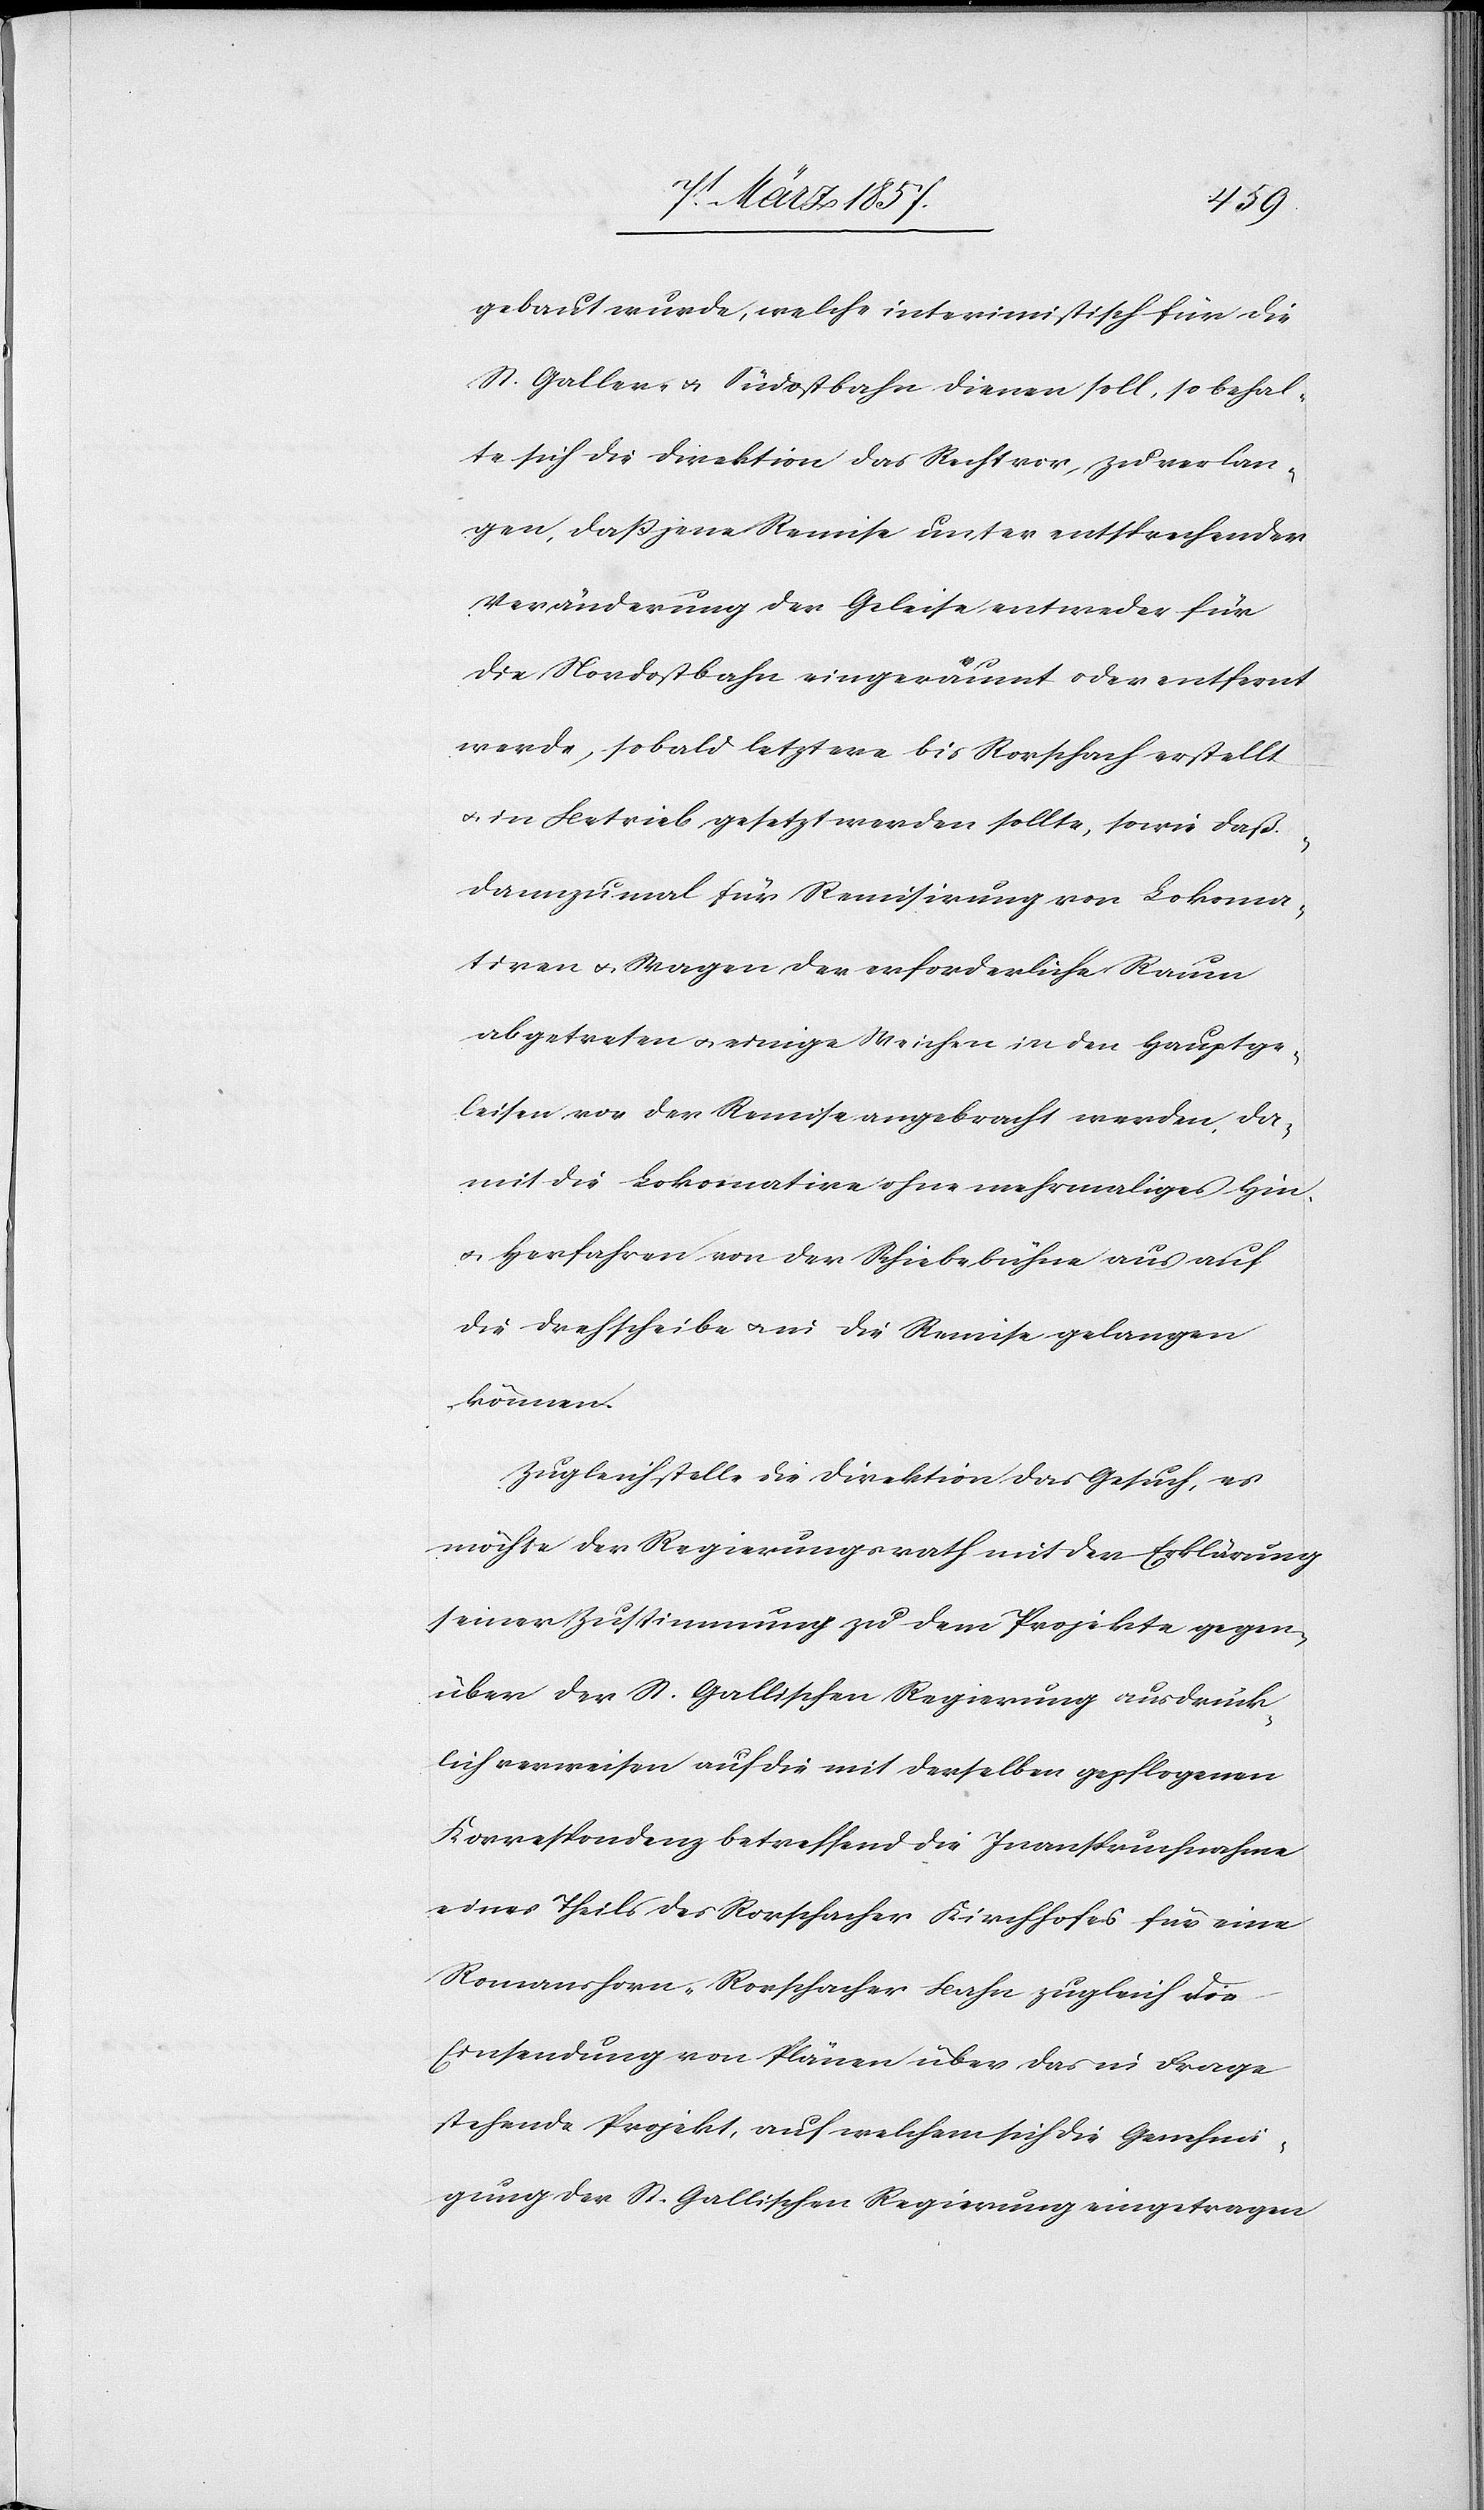
gebaut wurde, welche interimistisch für die
St. Galler- u. Südostbahn dienen soll, so behal¬
te sich die Direktion das Recht vor, zu verlan¬
gen, daß jene Remise unter entsprechender
Veränderung der Geleise entweder für
die Nordostbahn eingeräumt oder entfernt
werde, sobald letztere bis Rorschach erstellt
u. in Betrieb gesetzt werden sollte, sowie daß
dannzumal für Remisirung von Lokoma¬
tiven u. Wagen der erforderliche Raum
abgetreten u. einige Weichen in den Hauptge¬
leisen vor der Remise angebracht werden, da¬
mit die Lokomative ohne mehrmaliges Hin-
u. Herfahren von der Schiebebühne aus auf
die Drehscheibe u. in die Remise gelangen
können.
Zugleich stelle die Direktion das Gesuch, es
möcht der Regierungsrath mit der Erklärung
seiner Zustimmung zu dem Projekte gegen¬
über der St. Gallischen Regierung ausdrück¬
lich verweisen auf die mit derselben gepflogenen
Korrespondenz betreffend die Inanspruchnahme
eines Theils des Rorschacher Kirchhofes für eine
Romanshorn-Rorschacher Bahn zugleich die
Einsendung von Plänen über das in Frage
stehende Projekt, auf welchem sich die Genehmi¬
gung der St. Gallischen Regierung eingetragen